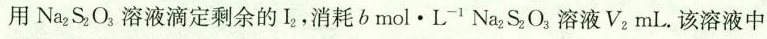
用Na_{2}S_{2}O_{3}溶液滴定剩余的I_{2}消耗b